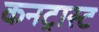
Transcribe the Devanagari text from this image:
कनट्रास्ट